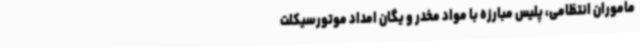
ماموران انتظامی، پلیس مبارزه با مواد مخدر و یگان امداد موتورسیکلت